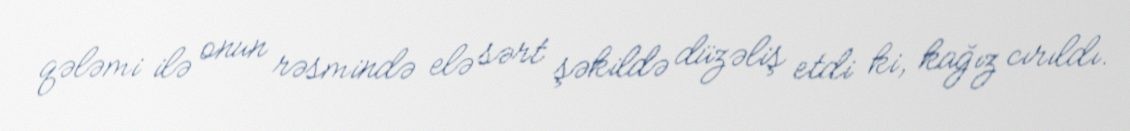
qələmi ilə onun rəsmində elə sərt şəkildə düzəliş etdi ki, kağız cırıldı.